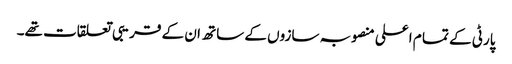
پارٹی کے تما م اعلی منصوبہ سازوں کے ساتھ ان کے قریبی تعلقات تھے۔